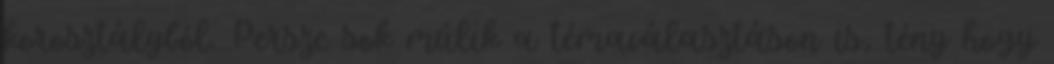
korosztályból. Persze sok múlik a témaválasztáson is, tény hogy